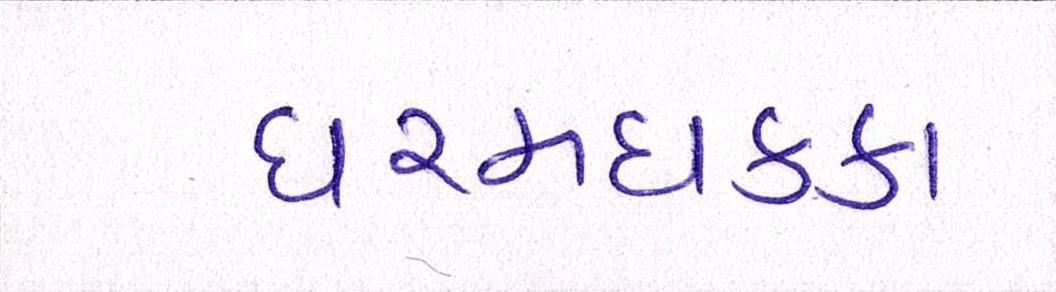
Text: ધરમધકકા